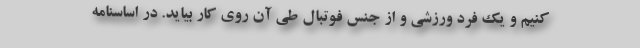
کنیم و یک فرد ورزشی و از جنس فوتبال طی آن روی کار بیاید. در اساسنامه